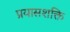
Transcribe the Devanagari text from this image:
प्रयासशक्ति